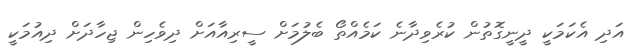
އަދި އެކަމަކީ ދީނީގޮތުން ކުރެވިދާނެ ކަމެއްތޯ ބެލުމަށް ސީރިއާއަށް ދިވެހިން ޖިހާދަށް ދިއުމަކީ